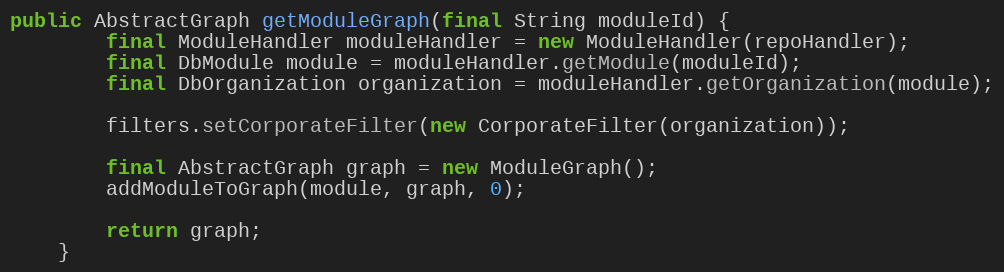
Language: Java
public AbstractGraph getModuleGraph(final String moduleId) {
        final ModuleHandler moduleHandler = new ModuleHandler(repoHandler);
        final DbModule module = moduleHandler.getModule(moduleId);
        final DbOrganization organization = moduleHandler.getOrganization(module);

        filters.setCorporateFilter(new CorporateFilter(organization));

        final AbstractGraph graph = new ModuleGraph();
        addModuleToGraph(module, graph, 0);

        return graph;
    }